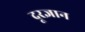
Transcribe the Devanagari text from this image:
दूरज्ञान